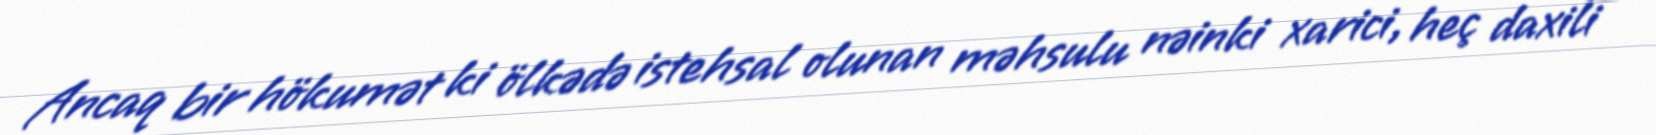
Ancaq bir hökumət ki ölkədə istehsal olunan məhsulu nəinki xarici, heç daxili